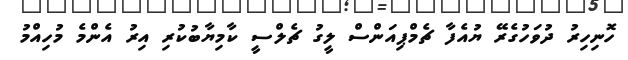
ހޮނިހިރު ދުވަހުގެރޭ ޔުއެފާ ޗެމްޕިއަންސް ލީގު ޗެލްސީ ކާމިޔާބުކުރި އިރު އެންމެ މުހިއްމު